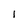
Character: l